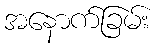
အနောက်ခြမ်း